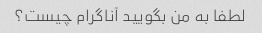
لطفا به من بگویید آناگرام چیست؟